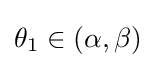
\theta _{1}\in (\alpha ,\beta )